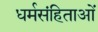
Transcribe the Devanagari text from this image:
धर्मसंहिताओं